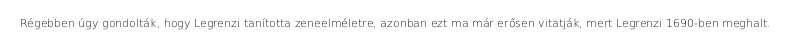
Régebben úgy gondolták, hogy Legrenzi tanította zeneelméletre, azonban ezt ma már erősen vitatják, mert Legrenzi 1690-ben meghalt.